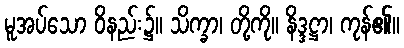
မူအပ်သော ဝိနည်း၌။ သိက္ခာ၊ တို့ကို။ နိဒ္ဒဋ္ဌာ၊ ကုန်၏။